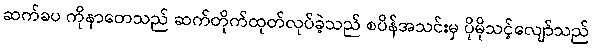
ဆက်ခပ ကိုနာတေသည် ဆက်တိုက်ထုတ်လုပ်ခဲ့သည် စပိန်အသင်းမှ ပိုမိုသင့်လျော်သည်